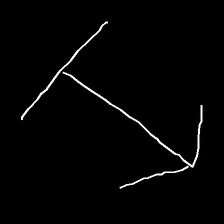
Glyph: levitation